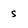
Character: s